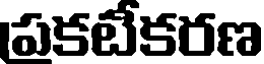
పకటేకరణ